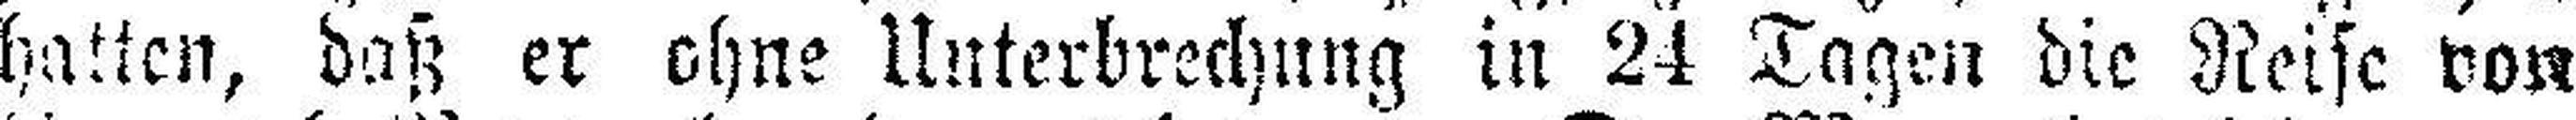
hatten, daß er ohne Unterbrechung in 24 Tagen die Reise von